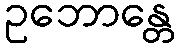
ဥဘောန္တေ